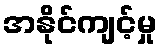
အနိုင်ကျင့်မှု